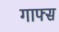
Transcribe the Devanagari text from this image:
गाफ्स